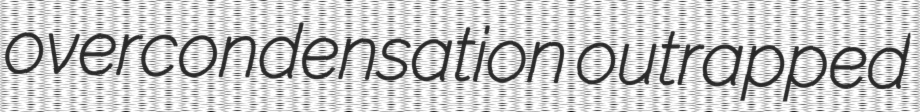
overcondensation outrapped